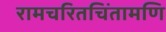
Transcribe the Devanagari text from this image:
रामचरितचिंतामणि